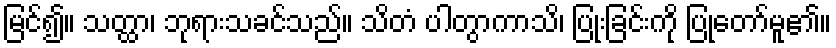
မြင်၍။ သတ္ထာ၊ ဘုရားသခင်သည်။ သိတံ ပါတွာကာသိ၊ ပြုံးခြင်းကို ပြုတော်မူ၏။